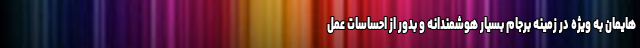
هایمان به ویژه در زمینه برجام بسیار هوشمندانه و بدور از احساسات عمل